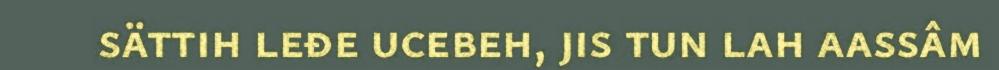
sättih leđe ucebeh, jis tun lah aassâm